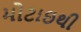
મોટાઇથી